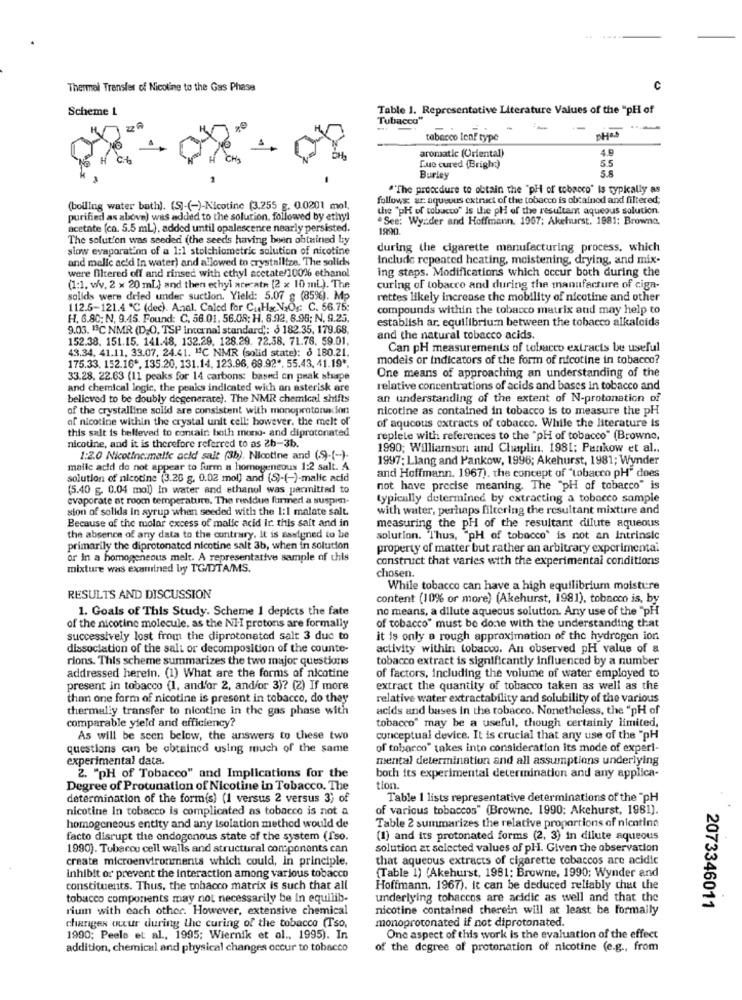
Thermal Transfer of Nicoline to the Gas Phase
C
Scheme L
Table 1. Representative Literature Values of the "PH of
Tubacco"
tabacco lenf type
aromatic (Oriental)
5.5
Lue cured (Brigh:)
5.8
Burley
"The procedure to obtain the "pH of tobacco" is typically as
follows: ar aqueous extract of the tobacco is obtained and filtered;
(boiling water bath). (S)-(-)-Nicotine (3.255 g. 0.0201 mol,
the "pH of tobacco" is the pH of the resultant aqueous solution.
purified as above) was added to the solution, followed by ethyl
"See: Wyzder and Hoffmann. 1967; Akehurst, 1981; Browne,
acetate (ca. 5.5 mL), added until opalescence nearly persisted.
1990
The solution was seeded (the seeds having been obtained by
slow evaporation of a 1:1 stoichiometric solution of nicotine
during the cigarette manufacturing process, which
and melle ac'd In water) and allowed to crystallize. The solid
include repeated heating, moistening, drying, and mix-
were filtered off and rinsed with ethyl acetate/100% ethanol
ing steps. Modifications which occur both during the
(1:1. w/v. 2 × 20 mL) and then echyl arecath [2 x 10 mL). The
curing of tobacco and during the manufacture of cign-
solids were deled under suction. Yield: 5.07 g (85%). Mp
rettes likely increase the mobility of nicotine and other
112.5-121.4 ℃ (dec). Anal, Caled for CuHx V2Os: C. 56.75:
compounds within the tobacco matrix and may help to
H. 6.80; N, 9.45. Found: C. 56.01. 56.08; H. 8.92, 8.95; N. 9.25,
establish ar. equilibrium between the tobacco alkaloids
9.03. "C NMR (D.O, TSP internal standard ,: § 182.35, 179.68.
152.38. 151.15. 141.48, 132.29. 128.29. 72.38. 71.76. 59.01.
and the natural tobacco acids.
43.34, 41.11, 33.07. 24.41. "℃ NMR (solid state): § 180.21.
Can pH measurements of tobacco extracts be useful
modeis or indicators of the form of nicotine in tobacco?
175.33. 152.16 *. 135.20, 131.14. 123.96, 69.92". 55.43. 41.19 *.
One means of approaching an understanding of the
33.28, 22.63 (11 peaks for 14 carbons: based on prak shape
and chemical logic, the peaks indicated with an asterisk are
relative concentrations of acids and bases in tobacco and
believed to be doubly degenerare). The NMR chemical shifts
an understanding of the extent of N-protonation of
of the crystalline solld are consistent with monoprotonadon
nicotine as contained in tobacco is to measure the pH
of nicotine within the crystal unit cell; however, the melt of
of aqueous extracts of tobacco. While the literature is
this salt is believed to contain both mono- and diprotonated
replete with references to the "pH of tobacco" (Browne,
nicotine, and it is therefore referred to as 2b-3b.
1990; Williamson and Chaplin, 1981: Pankow et al ..
1:2.0 Nicotine:malic acid salt (3b). Nicotine and (9)-(-).
1997; Llang and Pankow, 1996; Akehurst, 1981; Wynder
malle acid do not appear to furm a homogeneous 1:2 salt. A
solution of nicotine (3.26 g. 0.02 mol) and (S)-(-)-malic acid
and Hoffmann, 1967). the concept of "tobacco pH" does
(5.40 g. 0.04 mol) In water and ethanol was permitted to
not have precise meaning. The "pH of tobacco" is
evaporate at room temperature. The residue formed a suspin-
typically determined by extracting a tobacco sample
sion of solida in syrup when seeded with the 1:1 malate salt.
with water, perhaps filtering the resultant mixture and
Because of the molar excess of malic acid ir. this salt and in
measuring the pH of the resultant dilute aqueous
the absence of any data to the contrary. It is assigned to be
solution. "Thus, "pH of tobacco' is not an intrinsic
primarily the diprotonated nicotine salt 3b, when in solution
property of matter but rather an arbitrary experimental
or in a homogeneous melt. A representative sample of this
construct that varies with the experimental conditions
mixture was examined by TG/DTA/MS.
chosen.
While tobacco can have a high equilibrium moisture
RESULTS AND DISCUSSION
content (10% or more) (Akehurst, 1981), tobacco is, by
1. Goals of This Study. Scheme I depicts the fate
no means, a dilute aqueous solution. Any use of the "pH
of the nicotine molecule, as the NH-I protons are formally
of tobacco" must be done with the understanding that
successively lost from the diprotonated salt 3 due to
it is only a rough approximation of the hydrogen ion
dissociation of the salt or decomposition of the counte-
activity within tobacco. An observed pH value of a
rions. This scheme summarizes the two major questionis
tobacco extract is significantly influenced by a number
addressed herein. (1) What are the forms of nicotine
of factors, including the volume of water employed to
present in tobacco (1, and/or 2, and/or 3)? (2) If more
extract the quantity of tobacco taken as well as the
than one form of nicotine is present in tobacco, do they
relative water extractability and solubility of the various
thermally transfer to nicotine in the gas phase with
acids and bases in the tobacco. Nonetheless, the "pH of
comparable yield and efficiency?
tobacco" may be a useful, though certainly limited,
As will be seen below, the answers to these two
conceptual device. It is crucial that any use of the "pH
questions can be obtained using much of the same
of tobacco" takes into consideration its mode of experi-
experimental data.
mental determination and all assumptions underlying
2. "pH of Tobacco" and Implications for the
boch its experimental determination and any applica-
Degree of Protunation of Nicotine in Tobacco. The
tion.
determination of the form(s) (1 versus 2 versus 3) of
Table 1 lists representative determinations of the "pH
nicotine In tobacco is complicated as tobacco is not a
of various tobaccos" (Browne. 1990: Akehurst, 1981).
homogeneous entity and any isolation method would de
Table 2 summarizes the relative proportions of nicotine
facto disrupt the endogenous state of the system (fso.
(1) and its protonated forms (2, 3) in dilute aqueous
1990). Tubercu cell walls and structural components can
solution at selected values of pH. Given the observation
create microenvironments which could, in principle.
that aqueous extracts of cigarette tobaccos are acidic
(Table 1) (Akehurst, 1981; Browne, 1990: Wynder and
inhibit or prevent the interaction among various tobacco
constituents. Thus, the tobacco matrix is such that all
Hoffmann, 1967). it can be deduced reliably that the
tobacco components may not necessarily be In equilib-
underlying tobaccos are acidic as well and that the
rium with each other. However, extensive chemical
nicotine contained therein will at least be formally
2073346011
monoprotonated if not diprotonated.
changes occur during the curing of the tobacco (Tso.
1990; Peele et al ., 1995; Wiernik et al ., 1995). In
One aspect of this work is the evaluation of the effect
addition, chemical and physical changes occur to tobacco
of the degree of protonation of nicotine (e.g ., from